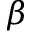
\beta